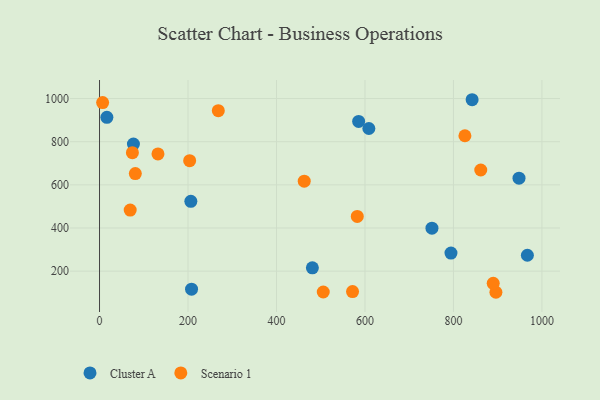
{"axis": {"x": "Investment", "y": "Demand"}, "legend": ["Cluster A", "Scenario 1"], "data": [{"x": "481.1", "y": 215.2, "type": "Cluster A"}, {"x": "208.0", "y": 116.5, "type": "Cluster A"}, {"x": "76.6", "y": 788.7, "type": "Cluster A"}, {"x": "842.2", "y": 994.5, "type": "Cluster A"}, {"x": "948.2", "y": 631.1, "type": "Cluster A"}, {"x": "585.7", "y": 894.1, "type": "Cluster A"}, {"x": "608.8", "y": 861.2, "type": "Cluster A"}, {"x": "16.6", "y": 913.0, "type": "Cluster A"}, {"x": "751.4", "y": 399.1, "type": "Cluster A"}, {"x": "206.4", "y": 523.6, "type": "Cluster A"}, {"x": "967.1", "y": 273.6, "type": "Cluster A"}, {"x": "794.4", "y": 283.6, "type": "Cluster A"}, {"x": "582.6", "y": 453.6, "type": "Scenario 1"}, {"x": "69.3", "y": 483.0, "type": "Scenario 1"}, {"x": "861.7", "y": 668.8, "type": "Scenario 1"}, {"x": "203.7", "y": 711.9, "type": "Scenario 1"}, {"x": "571.9", "y": 105.2, "type": "Scenario 1"}, {"x": "7.0", "y": 981.4, "type": "Scenario 1"}, {"x": "80.9", "y": 652.2, "type": "Scenario 1"}, {"x": "132.1", "y": 743.4, "type": "Scenario 1"}, {"x": "505.7", "y": 103.2, "type": "Scenario 1"}, {"x": "896.0", "y": 102.0, "type": "Scenario 1"}, {"x": "462.7", "y": 616.8, "type": "Scenario 1"}, {"x": "74.3", "y": 749.2, "type": "Scenario 1"}, {"x": "825.9", "y": 827.5, "type": "Scenario 1"}, {"x": "889.9", "y": 143.4, "type": "Scenario 1"}, {"x": "268.5", "y": 943.9, "type": "Scenario 1"}]}